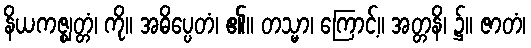
နိယကဇ္ဈတ္တံ၊ ကို။ အဓိပ္ပေတံ၊ ၏။ တသ္မာ၊ ကြောင့်။ အတ္တနိ၊ ၌။ ဇာတံ၊